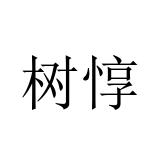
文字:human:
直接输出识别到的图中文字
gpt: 树惇